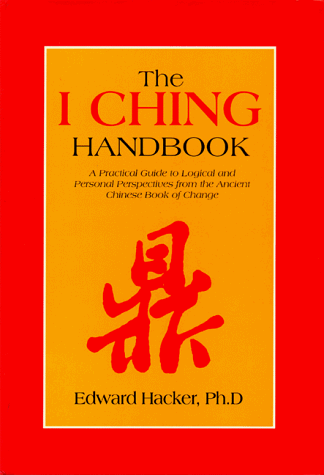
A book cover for The I Ching Handbook: A Practical Guide to Personal and Logical Perspectives from the Ancient Chinese Book of Changes (Paradigm title); Edward Hacker; Religion & Spirituality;